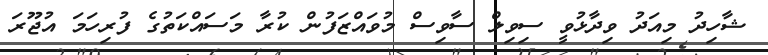
ޝާހިދު މިއަދު ވިދާޅުވީ ސިވިލް ސާވިސް މުވައްޒަފުން ކުރާ މަސައްކަތުގެ ފުރިހަމަ އުޖޫރަ